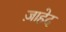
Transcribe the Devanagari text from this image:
ज़ाहेद